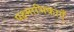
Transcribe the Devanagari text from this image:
पक्ष्माभिकाएँ